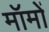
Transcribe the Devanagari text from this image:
मॉमों